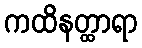
ကထိနတ္ထာရာ